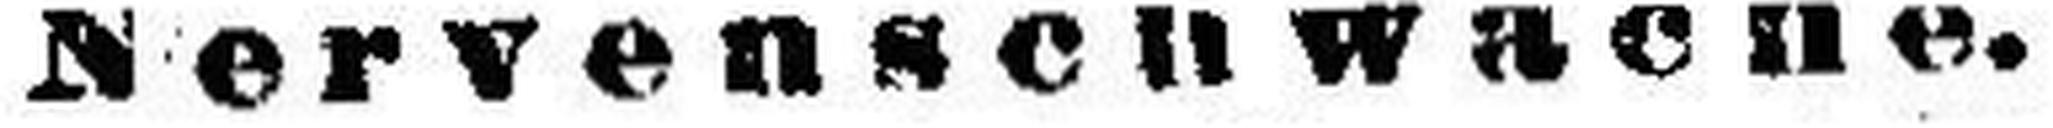
Nervenschwäche.